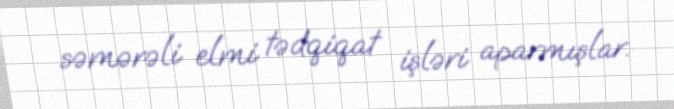
səmərəli elmi tədqiqat işləri aparmışlar.